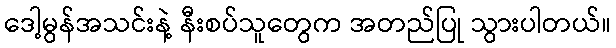
ဒေါ့မွန်အသင်းနဲ့ နီးစပ်သူတွေက အတည်ပြု သွားပါတယ်။